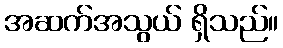
အဆက်အသွယ် ရှိသည်။